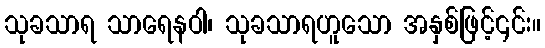
သုခသာရ သာရေနဝါ၊ သုခသာရဟူသော အနှစ်ဖြင့်၎င်း။